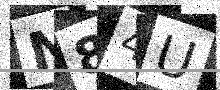
Text: N84U